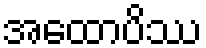
အထောပိဿ